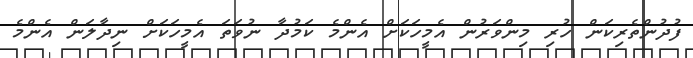
ފުދުންތެރިކަން ހުރި މިންވަރުން އެމީހަކަށް އެންމެ ކަމުދާ ނުވަތަ އެމީހަކަށް ނިދާލަން އެންމެ